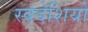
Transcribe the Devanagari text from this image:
स्वदेशियों